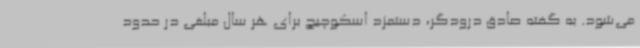
می‌شود. به گفته صادق درودگر، دستمزد اسکوچیچ برای هر سال مبلغی در حدود